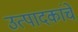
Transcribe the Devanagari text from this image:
उत्पादकांचे